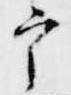
宰